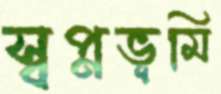
স্বপ্নভূমি